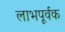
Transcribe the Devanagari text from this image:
लाभपूर्वक